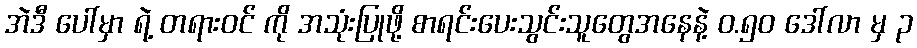
အဲဒီ ပေါ်မှာ ရဲ့ တရားဝင် ကို အသုံးပြုဖို့ စာရင်းပေးသွင်းသူတွေအနေနဲ့ ဝ.၅၀ ဒေါ်လာ မှ ၃